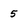
Character: 5